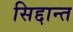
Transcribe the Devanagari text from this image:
सिद्दान्त